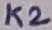
Text: K2